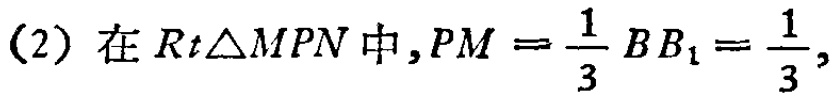
(2) 在 \(Rt\triangle MPN\) 中，\(PM = \frac{1}{3}BB_{1}=\frac{1}{3}\)，